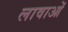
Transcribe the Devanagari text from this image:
लावाओं